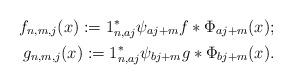
LaTeX: \begin{align*}f_{n,m,j}(x):=1^*_{n,aj}\psi_{aj+m}f*\Phi_{aj+m}(x); \\g_{n,m,j}(x):=1^*_{n,aj}\psi_{bj+m}g*\Phi_{bj+m}(x). \end{align*}